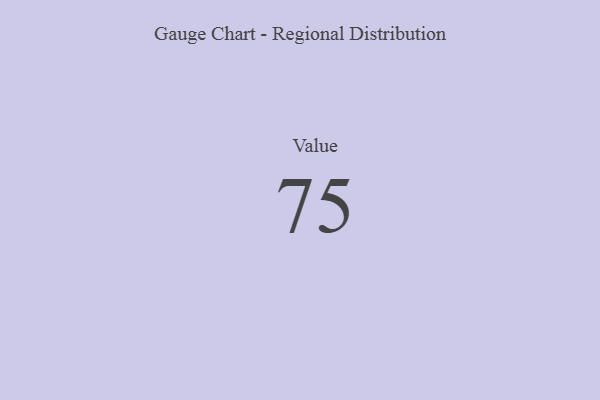
{"axis": {"x": "Metric", "y": "Value"}, "legend": [""], "data": [{"x": "Value", "y": 75, "type": ""}]}